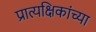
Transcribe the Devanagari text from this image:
प्रात्यक्षिकांच्या